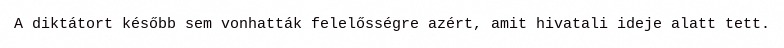
A diktátort később sem vonhatták felelősségre azért, amit hivatali ideje alatt tett.